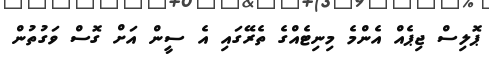
ޕޮލިސް ޖިޕެއް އެންމެ މިނިޓެއްގެ ތެރޭގައި އެ ސީން އަށް ގޮސް ވަގުތުން